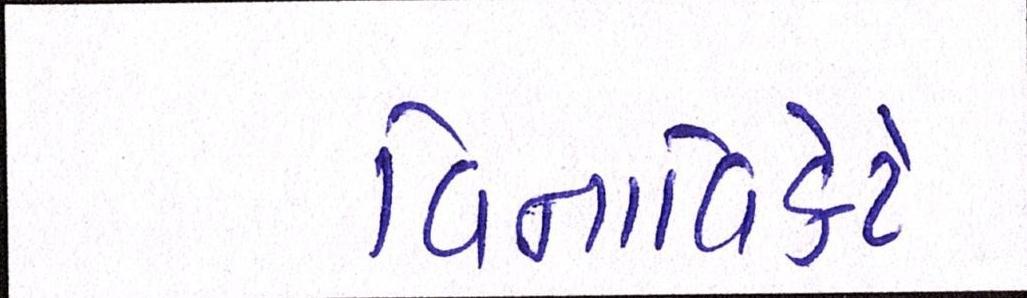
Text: વિનાવિકેટે